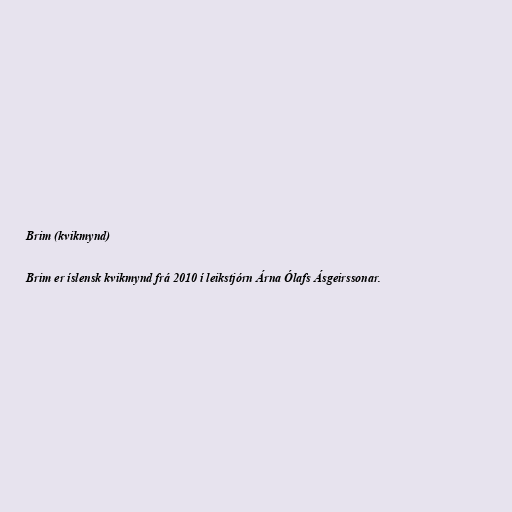
Brim (kvikmynd)

Brim er íslensk kvikmynd frá 2010 í leikstjórn Árna Ólafs Ásgeirssonar.